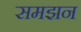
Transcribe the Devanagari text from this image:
समझन